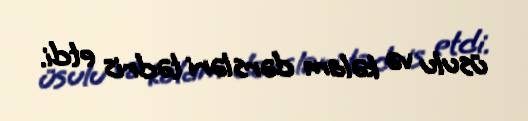
üsulu və kəlam dərsləri tədris etdi.